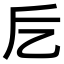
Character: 𠃘